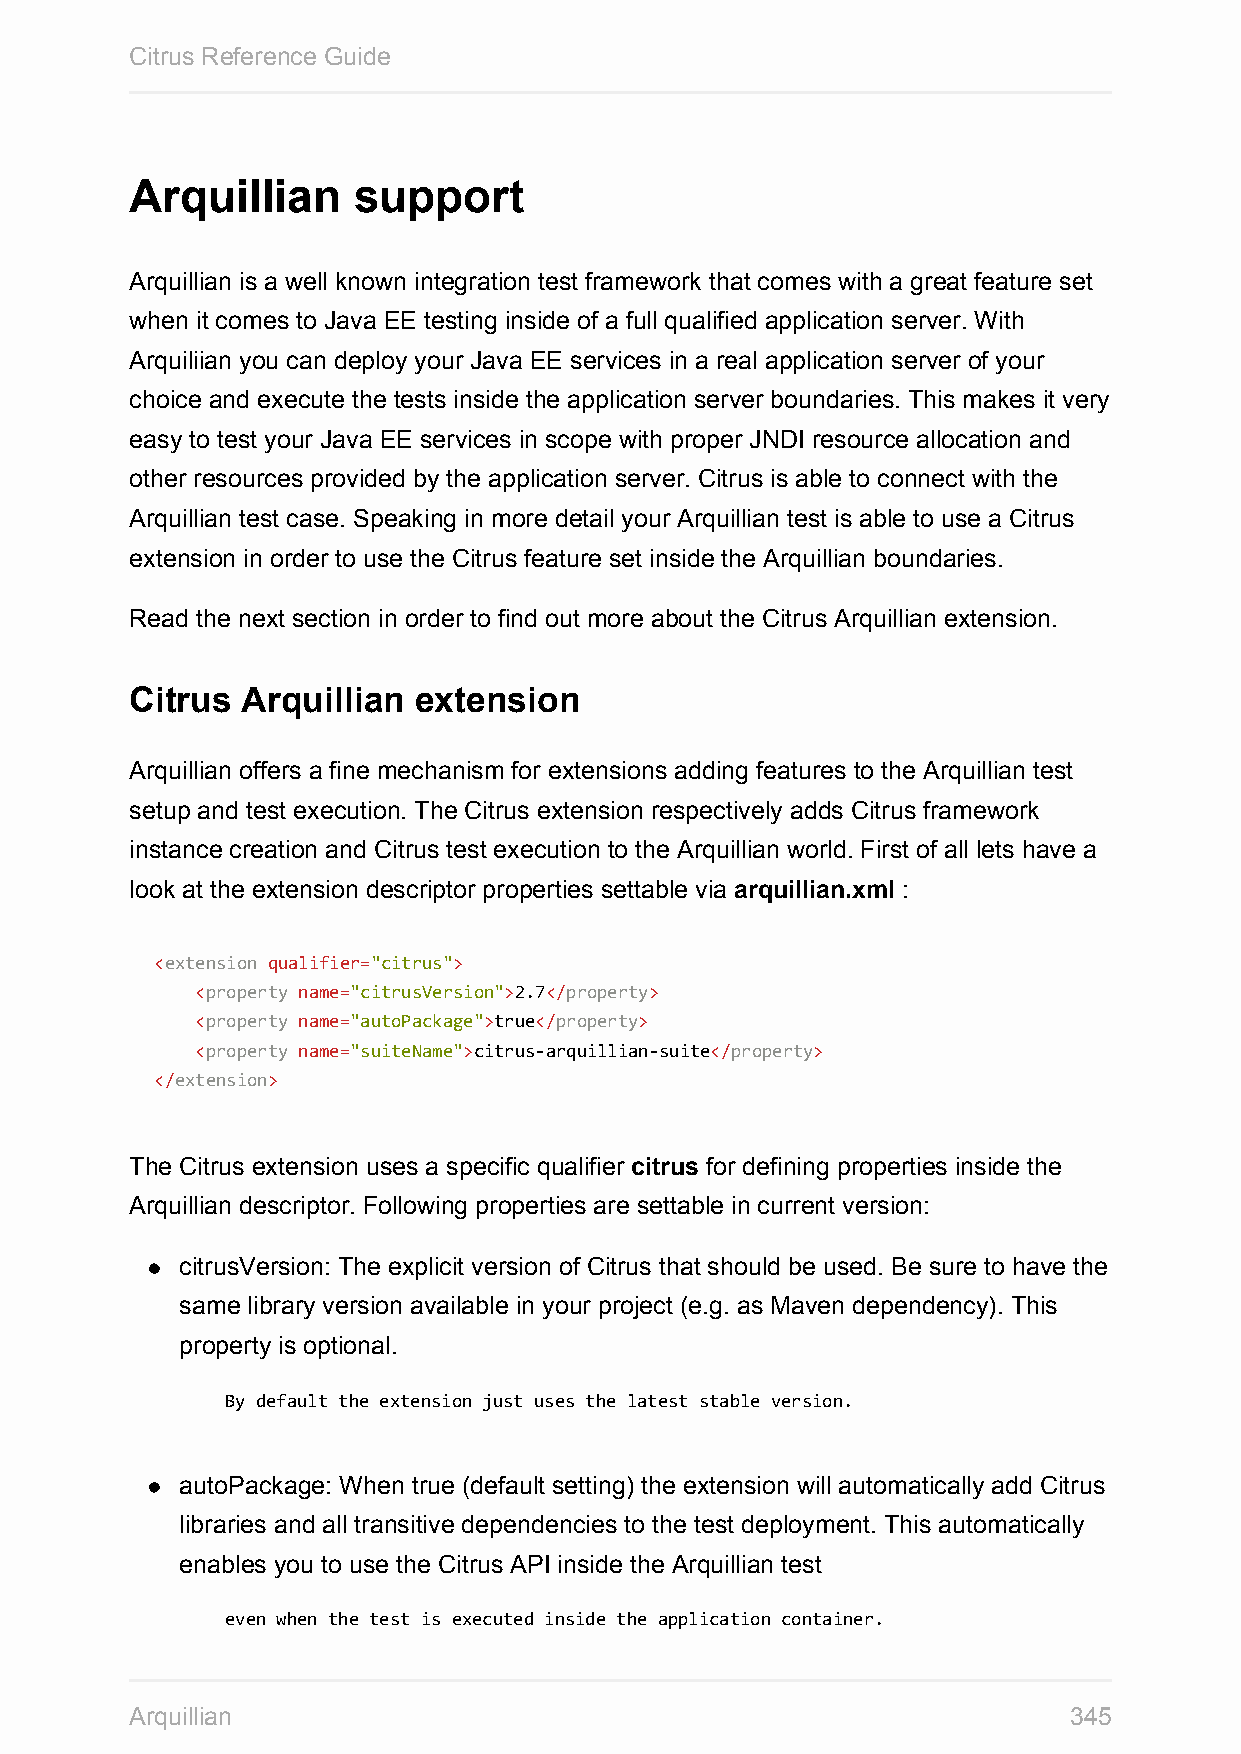
Citrus Reference Guide
 Arquillian    support
 Arquillian is a well known integration test framework that comes with a great feature set
 when it comes to Java EE testing inside of a full qualified application server. With
 Arquiliian you can deploy your Java EE services in a real application server of your
 choice and execute the tests inside the application server boundaries. This makes it very
 easy to test your Java EE services in scope with proper JNDI resource allocation and
 other resources provided by the application server. Citrus is able to connect with the
 Arquillian test case. Speaking in more detail your Arquillian test is able to use a Citrus
 extension in order to use the Citrus feature set inside the Arquillian boundaries.
 Read the next section in order to find out more about the Citrus Arquillian extension.
 Citrus Arquillian extension
 Arquillian offers a fine mechanism for extensions adding features to the Arquillian test
 setup and test execution. The Citrus extension respectively adds Citrus framework
 instance creation and Citrus test execution to the Arquillian world. First of all lets have a
 look at the extension descriptor properties settable via arquillian.xml :
 <extension qualifier="citrus">
 <property name="citrusVersion">2.7</property>
 <property name="autoPackage">true</property>
 <property name="suiteName">citrus-arquillian-suite</property>
 </extension>
 The Citrus extension uses a specific qualifier citrus for defining properties inside the
 Arquillian descriptor. Following properties are settable in current version:
 citrusVersion: The explicit version of Citrus that should be used. Be sure to have the
 same library version available in your project (e.g. as Maven dependency). This
 property is optional.
 By default the extension just uses the latest stable version.
 autoPackage: When true (default setting) the extension will automatically add Citrus
 libraries and all transitive dependencies to the test deployment. This automatically
 enables you to use the Citrus API inside the Arquillian test
 even when the test is executed inside the application container.
 Arquillian                                                    345